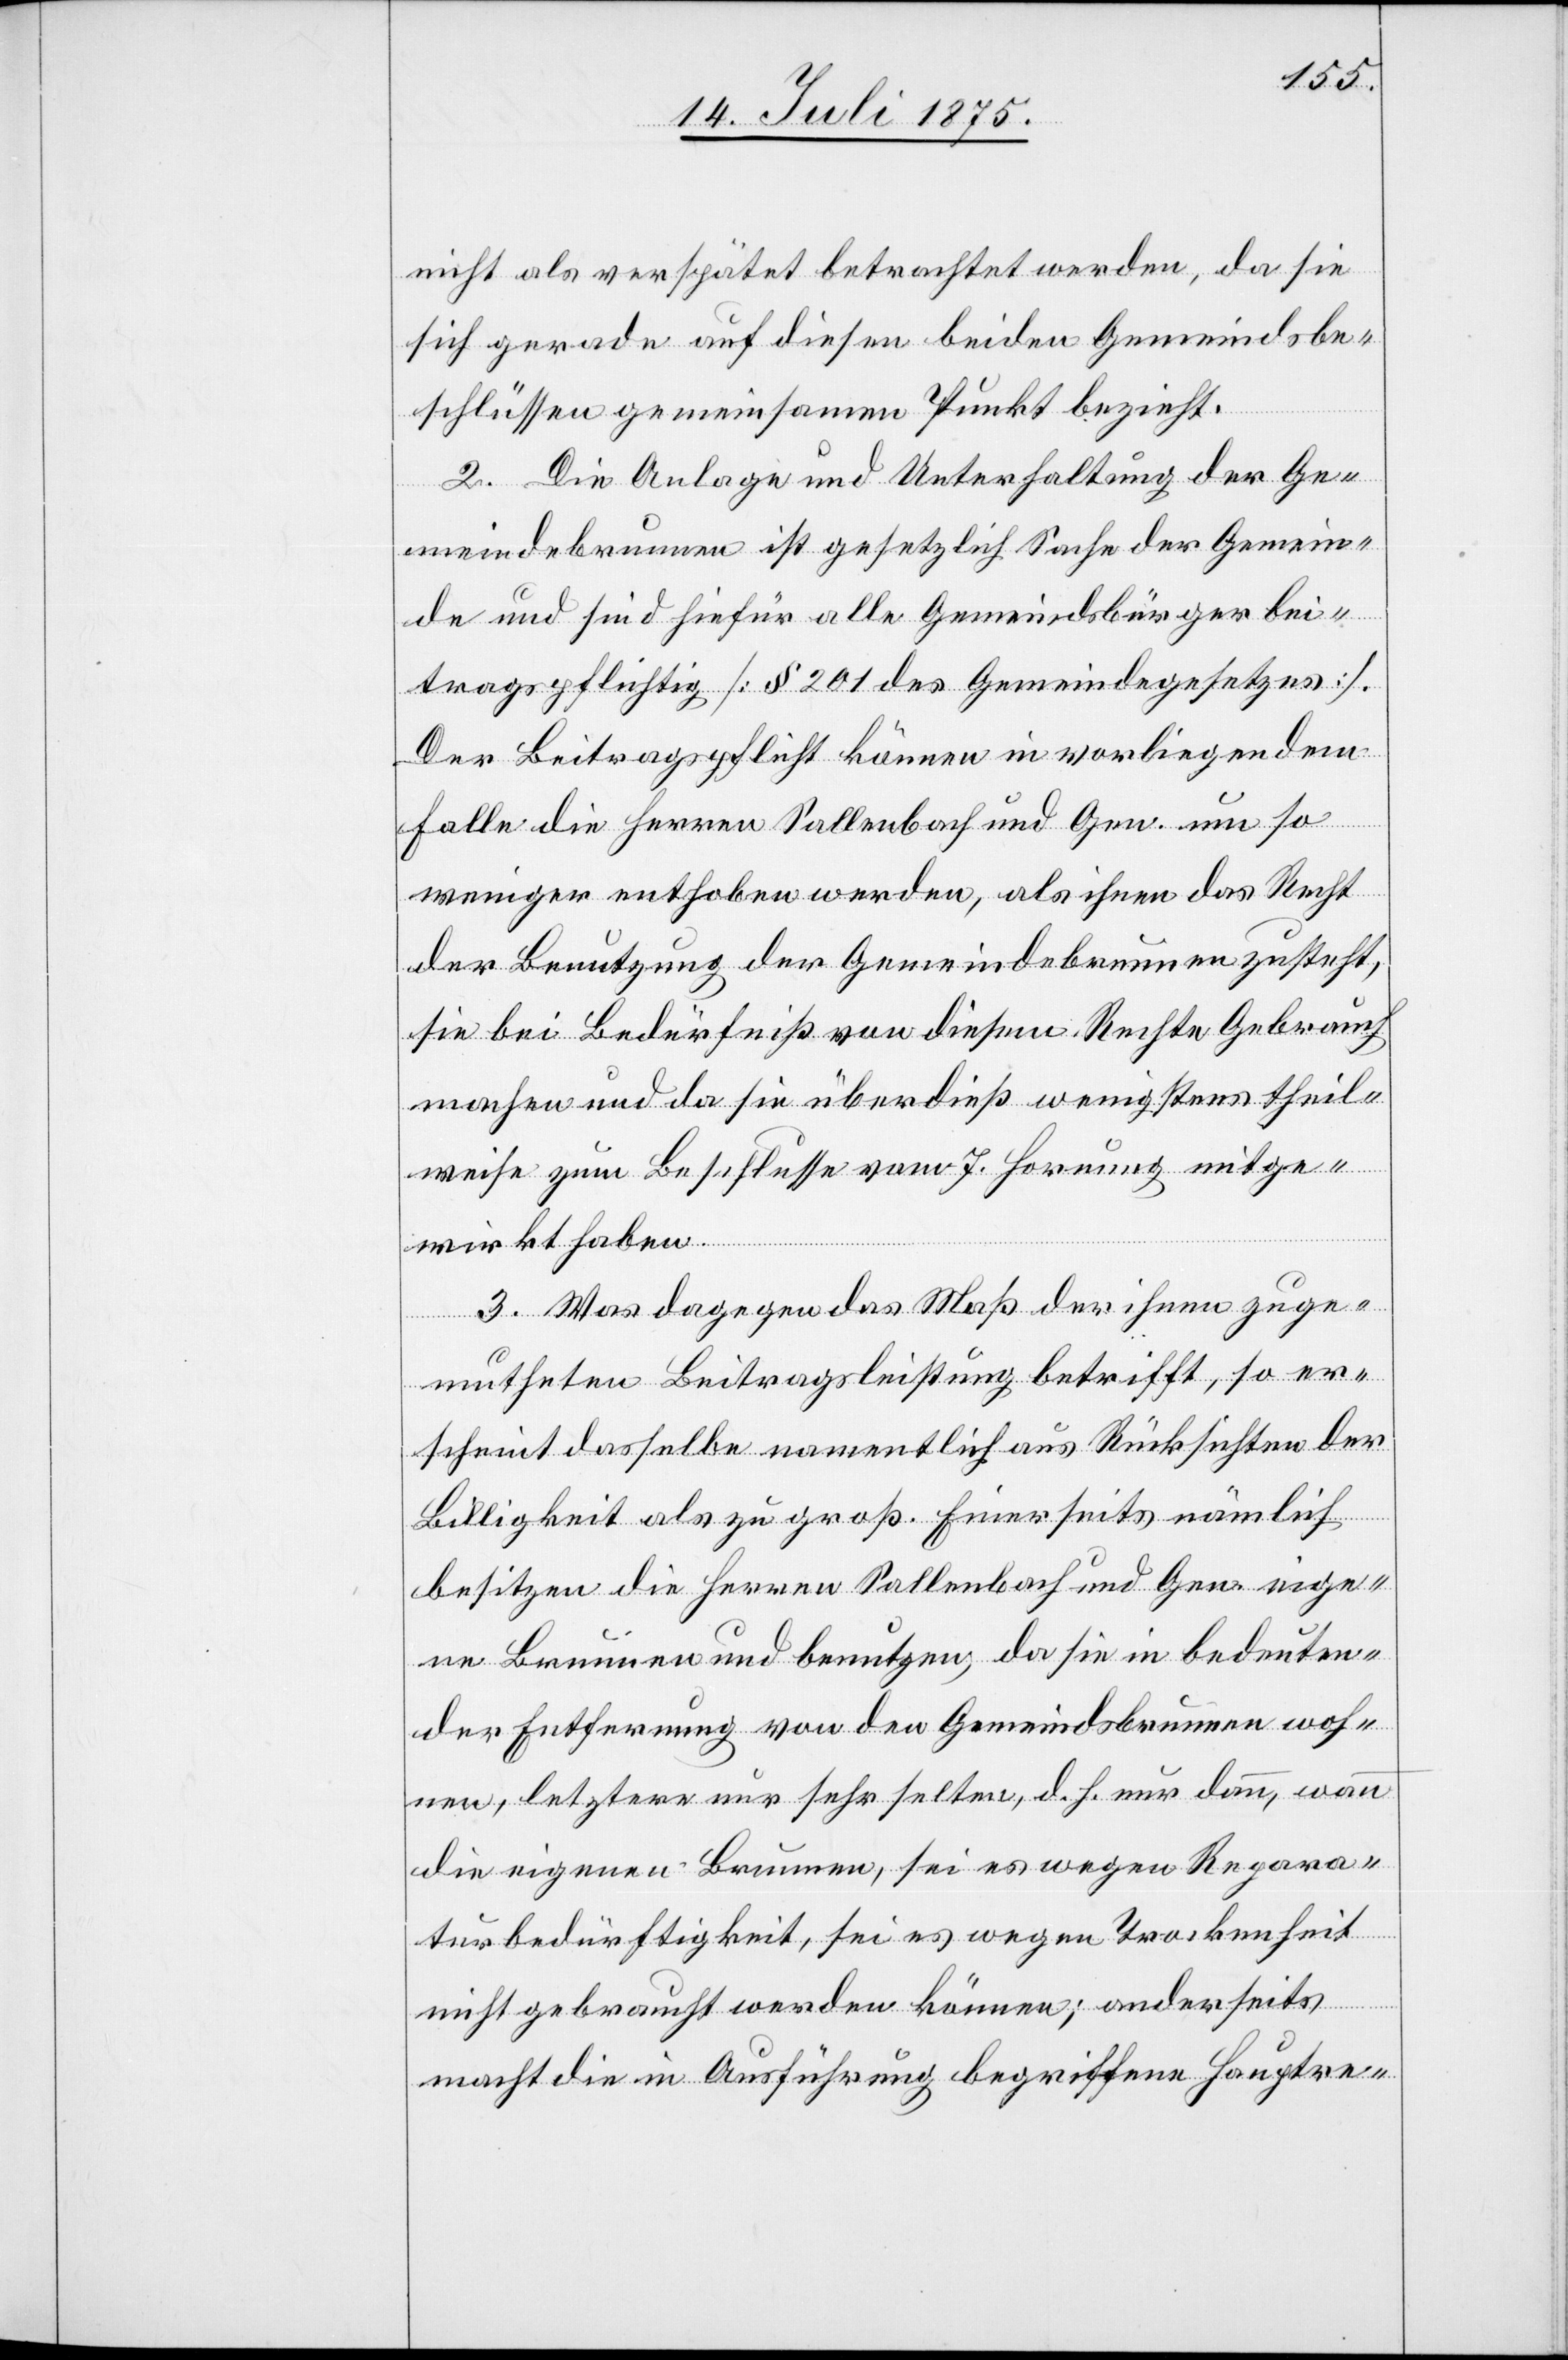
nicht als verspätet betrachtet werden, da sie
sich gerade auf diesen beiden Gemeindsbe¬
schlüssen gemeinsamen Punkt bezieht.
2. Die Anlage der Unterhaltung der Ge¬
li¬
meindebrunnen ist gesetzlich Sache der Gemein¬
de und sind hiefür alle Gemeindsbürger bei¬
tragspflichtig [§ 201 des Gemeindegesetzes].
Der Beitragspflicht können in vorliegendem
Falle die Herren Sallenbach und Gen. um so
weniger enthoben werden, als ihnen das Recht
der Benutzung der Gemeindebrunnen zusteht,
sie bei Bedürfniß von diesem Rechte Gebrauch
machen und da sie überdieß wenigstens theil¬
weise zum Beschlusse vom 7. Hornung mitge¬
wirkt haben.
3. Was dagegen das Maß der ihnen zuge¬
mutheten Beitragsleistung betrifft, so er¬
scheint dasselbe namentlich aus Rücksichten der
Billigkeit als zu groß. Einerseits nämlich
besitzen die Herren Sallenbach und Gen. eige¬
ne Brunnen und benutzen, da sie in bedeuten¬
egen, letztere nur sehr selten, d. h. nur dann, wann
die eigenen Brunnen, sei es wegen Repara¬
turbedürftigkeit, sei es wegen Trockenheit
nicht gebraucht werden können; anderseits
macht die in Ausführung begriffene Hauptre-